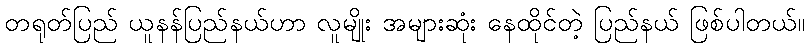
တရုတ်ပြည် ယူနန်ပြည်နယ်ဟာ လူမျိုး အများဆုံး နေထိုင်တဲ့ ပြည်နယ် ဖြစ်ပါတယ်။